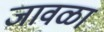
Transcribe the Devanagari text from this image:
जावळा